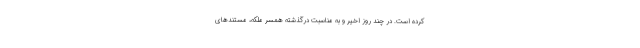
کرده است. در چند روز اخیر و به مناسبت درگذشته همسر ملکه، مستندهای